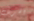
الخريف